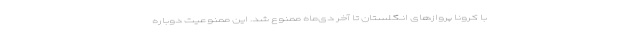
با کرونا پروازهای انگلستان تا آخر دی‌ماه ممنوع شد. این ممنوعیت دوباره